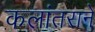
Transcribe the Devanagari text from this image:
कलांतराने